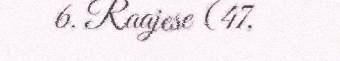
6. Raajese (47,